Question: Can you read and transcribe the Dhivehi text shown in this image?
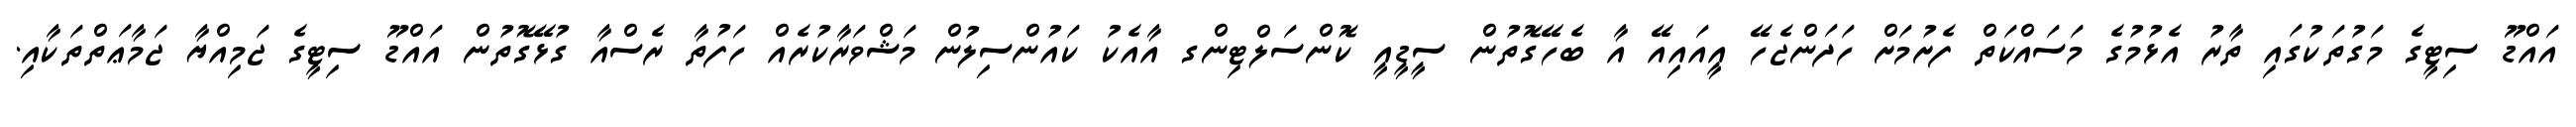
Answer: އައްޑޫ ސިޓީގެ މަގުތަކުގައި ތާރު އެޅުމުގެ މަސައްކަތް ފެށުމަށް ހަދަންޖެހޭ އީއައިއޭ އާ ބެހޭގޮތުން ސީޑީއީ ކޮންސަލްޓިންގ އާއެކު ކައުންސިލުން މަޝްވަރާކުރެއް ހަފުތާ ރެސްއާ ގުޅޭގޮތުން އައްޑޫ ސިޓީގެ ޖަމިއްޔާ ޖަމާޢަތްތަކާއި.